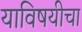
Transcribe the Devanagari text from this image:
याविषयीचा